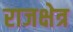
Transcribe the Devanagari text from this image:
राजक्षेत्र